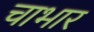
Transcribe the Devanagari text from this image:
चाभार